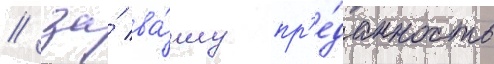
/ за́ ва́шу пр'е́данность